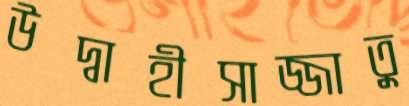
উদ্বাহীসাজ্জাতু